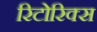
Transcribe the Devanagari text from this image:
रिटोरिक्स